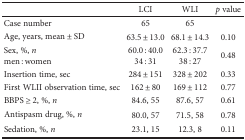
<table><thead><tr><td></td><td><b>LCI</b></td><td><b>WLI</b></td><td><b><i>p</i> value</b></td></tr></thead><tbody><tr><td>Case number</td><td>65</td><td>65</td><td></td></tr><tr><td>Age, years, mean ± SD</td><td>63.5 ± 13.0</td><td>68.1 ± 14.3</td><td>0.10</td></tr><tr><td>Sex, %, <i>n</i>men : women</td><td>60.0 : 40.034 : 31</td><td>62.3 : 37.738 : 27</td><td>0.48</td></tr><tr><td>Insertion time, sec</td><td>284 ± 151</td><td>328 ± 202</td><td>0.33</td></tr><tr><td>First WLII observation time, sec</td><td>162 ± 80</td><td>169 ± 112</td><td>0.77</td></tr><tr><td>BBPS ≥ 2, %, <i>n</i></td><td>84.6, 55</td><td>87.6, 57</td><td>0.61</td></tr><tr><td>Antispasm drug, %, <i>n</i></td><td>80.0, 57</td><td>71.5, 58</td><td>0.78</td></tr><tr><td>Sedation, %, <i>n</i></td><td>23.1, 15</td><td>12.3, 8</td><td>0.11</td></tr></tbody></table>